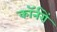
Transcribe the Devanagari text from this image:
कॉर्नरों